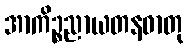
အာကိဉ္စညာယတနဓာတု